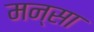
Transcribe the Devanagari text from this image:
मन्सा